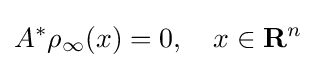
A^{*}\rho _{\infty }(x)=0,\quad x\in \mathbf {R} ^{n}